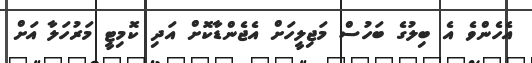
އެހެންވެ އެ ބިލުގެ ބަހުސް މަޖިލީހަށް އެޖެންޑާކޮށް އަދި ކޮމިޓީ މަރުހަލާ އަށް